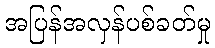
အပြန်အလှန်ပစ်ခတ်မှု